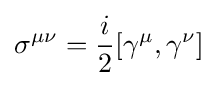
\sigma ^{\mu \nu }={\frac {i}{2}}[\gamma ^{\mu },\gamma ^{\nu }]